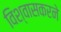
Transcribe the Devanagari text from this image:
विश्वासकरने